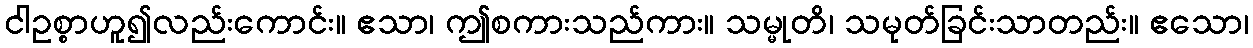
ငါဥစ္စာဟူ၍လည်းကောင်း။ ဧသာ၊ ဤစကားသည်ကား။ သမ္မုတိ၊ သမုတ်ခြင်းသာတည်း။ ဧသော၊